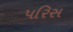
પરિસ